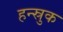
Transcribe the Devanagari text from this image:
हन्स्रुक